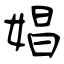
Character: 娼